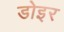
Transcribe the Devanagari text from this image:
डोइर